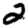
Digit: 2